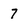
Character: 7